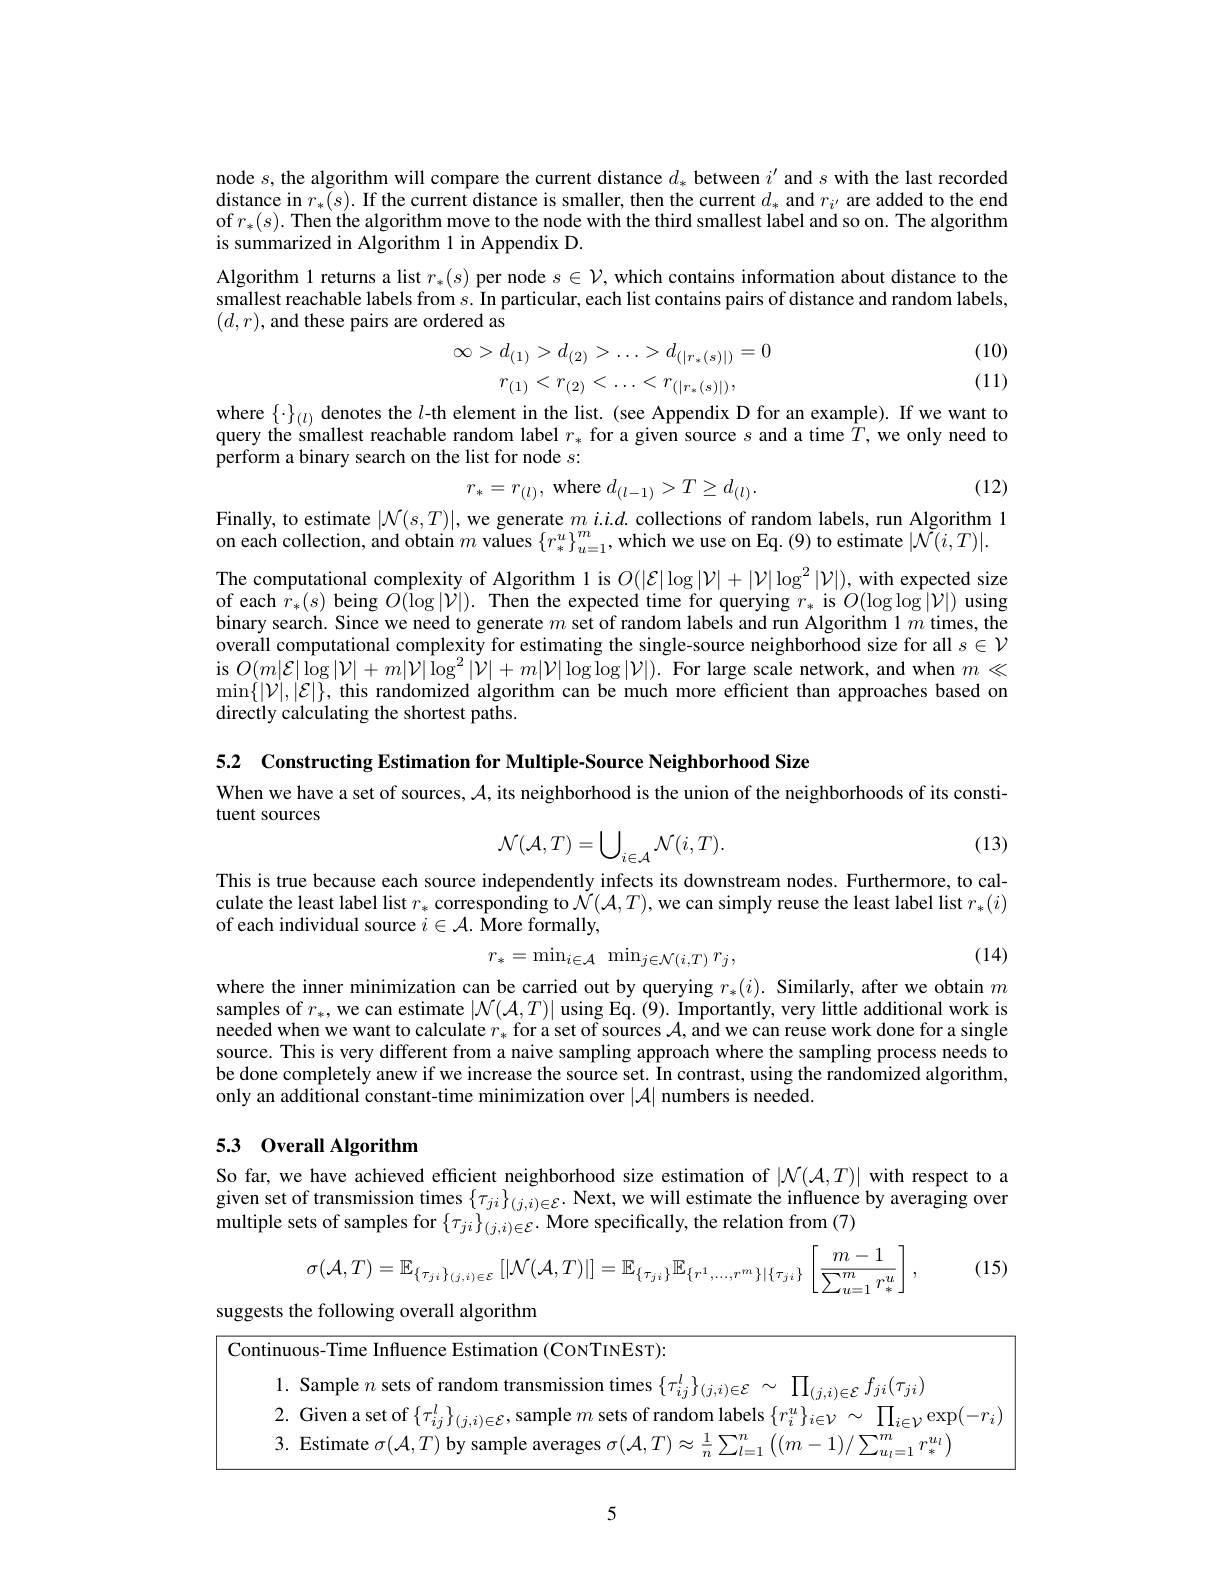
node $s$, the algorithm will compare the current distance $d_*$ between $i^\prime$ and $s$ with the last recorded distance in $r_*(s).$ If the current distance is smaller, then the current $d_*$ and $r_i^{\prime}$ are added to the end of $r_*(s).$ Then the algorithm move to the node with the third smallest label and so on. The algorithm is summarized in Algorithm 1 in Appendix D.
Algorithm l returns a list $r_*(s)$ per node $s\in\mathcal{V}$, which contains information about distance to the smallest reachable labels from $s.$ In particular, each list contains pairs of distance and random labels, $(d,r)$,and these pairs are ordered as
$$\infty>d_{(1)}>d_{(2)}>\ldots>d_{(|r_{*}(s)|)}=0\\r_{(1)}<r_{(2)}<\ldots<r_{(|r_{*}(s)|)},$$
(10) (11)

where $\{\cdot\}_{(l)}$ denotes the $l$-th element in the list. (see Appendix D for an example). If we want to query the smallest reachable random label $r_*$ for a given source $s$ and a time $\bar{T}$, we only need to perform a binary search on the list for node $s:$

(12)
$$r_*=r_{(l)},\text{where}d_{(l-1)}>T\geq d_{(l)}.$$
Finally, to estimate $|\mathcal{N}(s,T)|$, we generate $m$ $i.i.d.$ collections of random labels, run Algorithm 1
on each collection, and obtain $m$ values $\{r_*^u\}_{u=1}^m$, which we use on Eq. (9) to estimate $|\mathcal{N}(i,T)|.$

The computational complexity of Algorithm 1 is $O(|\mathcal{E}|\log|\mathcal{V}|+|\mathcal{V}|\log^2|\mathcal{V}|)$, with expected size of each $r_*(s)$ being $O(\log|\mathcal{V}|).$ Then the expected time for querying $r_*$ is $O(\log\log|\mathcal{V}|)$ using binary search. Since we need to generate $m$ set of random labels and run Algorithm 1 $m$ times, the overall computational complexity for estimating the single-source neighborhood size for all $s\in\mathcal{V}$ is $O(m|\mathcal{E}|\log|\mathcal{V}|+m|\mathcal{V}|\log^{2}|\mathcal{V}|+m|\mathcal{V}|\log\log|\mathcal{V}|).$ For large scale network, and when $m\ll$ $\operatorname*{min}\{|\mathcal{V}|,|\mathcal{E}|\}$, this randomized algorithm can be much more efficient than approaches based on directly calculating the shortest paths.

5.2 Constructing Estimation for Multiple-Source Neighborhood Size

When we have a set of sources, $\mathcal{A}$, its neighborhood is the union of the neighborhoods of its consti-

tuent sources

(13)
$$\mathcal{N}(\mathcal{A},T)=\bigcup_{i\in\mathcal{A}}\mathcal{N}(i,T).$$
This is true because each source independently infects its downstream nodes. Furthermore, to calculate the least label list $r_*$ corresponding to $\tilde{\mathcal{N}}(\mathcal{A},T)$,we can simply reuse the least label list $r_*(i)$ of each individual source $i\in\mathcal{A}.$ More formally,

(14)
$$r_{*}=\min_{i\in\mathcal{A}}\:\min_{j\in\mathcal{N}(i,T)}r_{j},$$
where the inner minimization can be carried out by querying $r_*(i).$ Similarly, after we obtain $m$ samples of $r_*$, we can estimate $|\mathcal{N}(\mathcal{A},T)|$ using Eq. (9). Importantly, very little additional work is needed when we want to calculate $r_*$ for a set of sources $\mathcal{A}$, and we can reuse work done for a single source. This is very different from a naive sampling approach where the sampling process needs to be done completely anew if we increase the source set. In contrast, using the randomized algorithm, only an additional constant-time minimization over $|\mathcal{A}|$ numbers is needed

## 5.3 Overall Algorithm

So far, we have achieved efficient neighborhood size estimation of $|\mathcal{N}(\mathcal{A},T)|$ with respect to a given set of transmission times $\{\tau_{ji}\}_{(j,i)\in\mathcal{E}}.$ Next, we will estimate the influence by averaging over multiple sets of samples for $\{\tau_{ji}\}_{(j,i)\in\mathcal{E}}.$ More specifically, the relation from (7)

<table>
	<tbody>
		<tr>
			<td>$\sigma(A.^{\prime}I$ </td>
			<td>1</td>
			<td>15  </td>
		</tr>
		<tr>
			<td>suggests the t following overall algorithm</td>
			<td> </td>
			<td> </td>
		</tr>
		<tr>
			<td>Continuous-Time $\operatorname{tion}(\operatorname{CoNTINEST}):$</td>
			<td> </td>
			<td> </td>
		</tr>
		<tr>
			<td> </td>
			<td>$ii$</td>
			<td> </td>
		</tr>
		<tr>
			<td>2.Given a ahels</td>
			<td>$\exp$ :1;</td>
			<td>$\cdot\mathcal{T}$ - $i$</td>
		</tr>
		<tr>
			<td> </td>
			<td>$u_l$ $T$</td>
			<td> </td>
		</tr>
	</tbody>
</table>

5